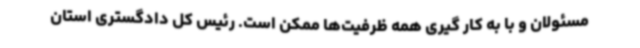
مسئولان و با به کار گیری همه ظرفیت‌ها ممکن است. رئیس کل دادگستری استان